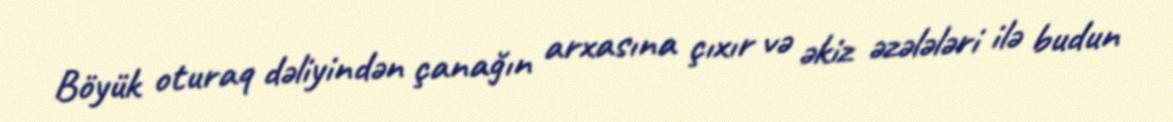
Böyük oturaq dəliyindən çanağın arxasına çıxır və əkiz əzələləri ilə budun